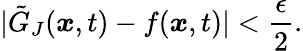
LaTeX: |\tilde{G}_{J}(\boldsymbol{x},t)-f(\boldsymbol{x},t)|<\frac{\epsilon}{2}.